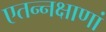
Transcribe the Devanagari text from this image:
एतन्नक्षाणां